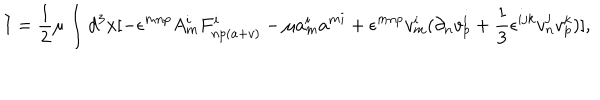
LaTeX: I = \frac { 1 } { 2 } \mu \int d ^ { 3 } x [ - \epsilon ^ { m n p } A _ { m } ^ { i } F _ { n p ( a + v ) } ^ { i } - \mu a _ { m } ^ { i } a ^ { m i } + \epsilon ^ { m n p } v _ { m } ^ { i } ( \partial _ { n } v _ { p } ^ { i } + \frac { 1 } { 3 } \epsilon ^ { i j k } v _ { n } ^ { j } v _ { p } ^ { k } ) ] ,